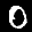
Label: 0